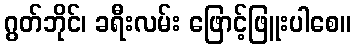
ဂွတ်ဘိုင်၊ ခရီးလမ်း ဖြောင့်ဖြူးပါစေ။